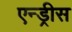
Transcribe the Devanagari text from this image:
एन्ड्रीस